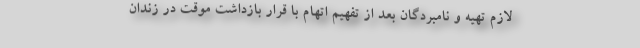
لازم تهیه و نامبردگان بعد از تفهیم اتهام با قرار بازداشت موقت در زندان